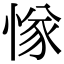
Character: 㥞